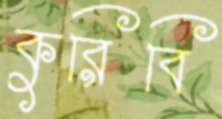
কুরিবি